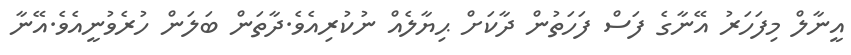
އީނާލް މިފަހަރު އޭނާގެ ފަސް ފަހަތުން ދާކަށް ޙިޔާލެއް ނުކުރިއެވެ.ދާތަން ބަލަން ހުރެވުނީއެވެ.އޭނާ